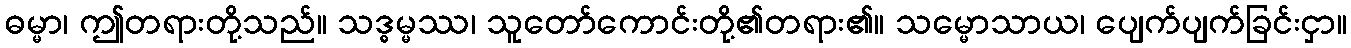
ဓမ္မာ၊ ဤတရားတို့သည်။ သဒ္ဓမ္မဿ၊ သူတော်ကောင်းတို့၏တရား၏။ သမ္မောသာယ၊ ပျေက်ပျက်ခြင်းငှာ။